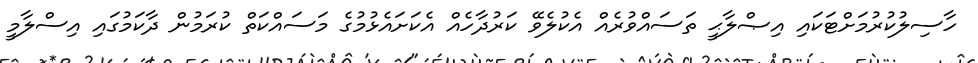
ހާސިލުކުރުމަށްޓަކައި އިޞްލާޙީީ ތަސައްވުރެއް އެކުލެވޭ ކަރުދާހެއް އެކަށައެޅުމުގެ މަސައްކަތް ކުރަމުން ދާކަމުގައި އިސްލާމީ